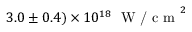
3 . 0 \pm 0 . 4 ) \times 1 0 ^ { 1 8 } ~ \textrm { W / c m } ^ { 2 }